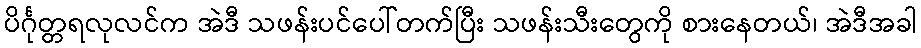
ပိင်္ဂုတ္တရလုလင်က အဲဒီ သဖန်းပင်ပေါ်တက်ပြီး သဖန်းသီးတွေကို စားနေတယ်၊ အဲဒီအခါ